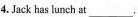
4. Jack has hunch at ___.